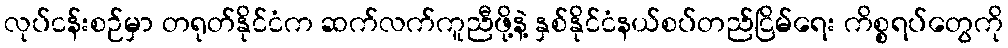
လုပ်ငန်းစဉ်မှာ တရုတ်နိုင်ငံက ဆက်လက်ကူညီဖို့နဲ့ နှစ်နိုင်ငံနယ်စပ်တည်ငြိမ်ရေး ကိစ္စရပ်တွေကို